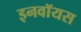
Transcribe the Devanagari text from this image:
इनवॉयस